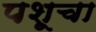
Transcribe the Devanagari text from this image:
पशूचा